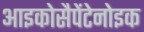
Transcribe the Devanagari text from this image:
आइकोसैपेंटेनोइक